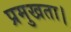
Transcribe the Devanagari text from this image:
प्रमुखता।